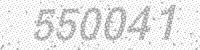
Solution: 550041